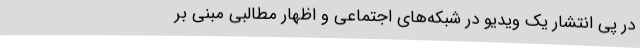
در پی انتشار یک ویدیو در شبکه‌های اجتماعی و اظهار مطالبی مبنی بر